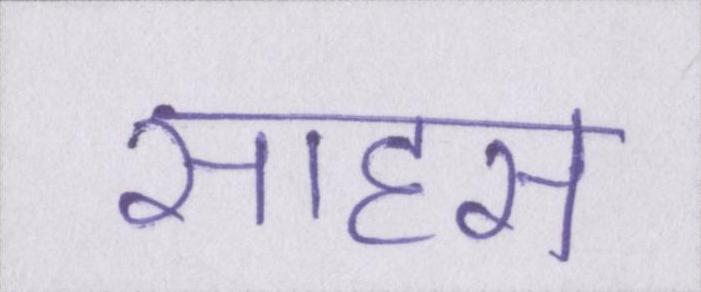
साहस